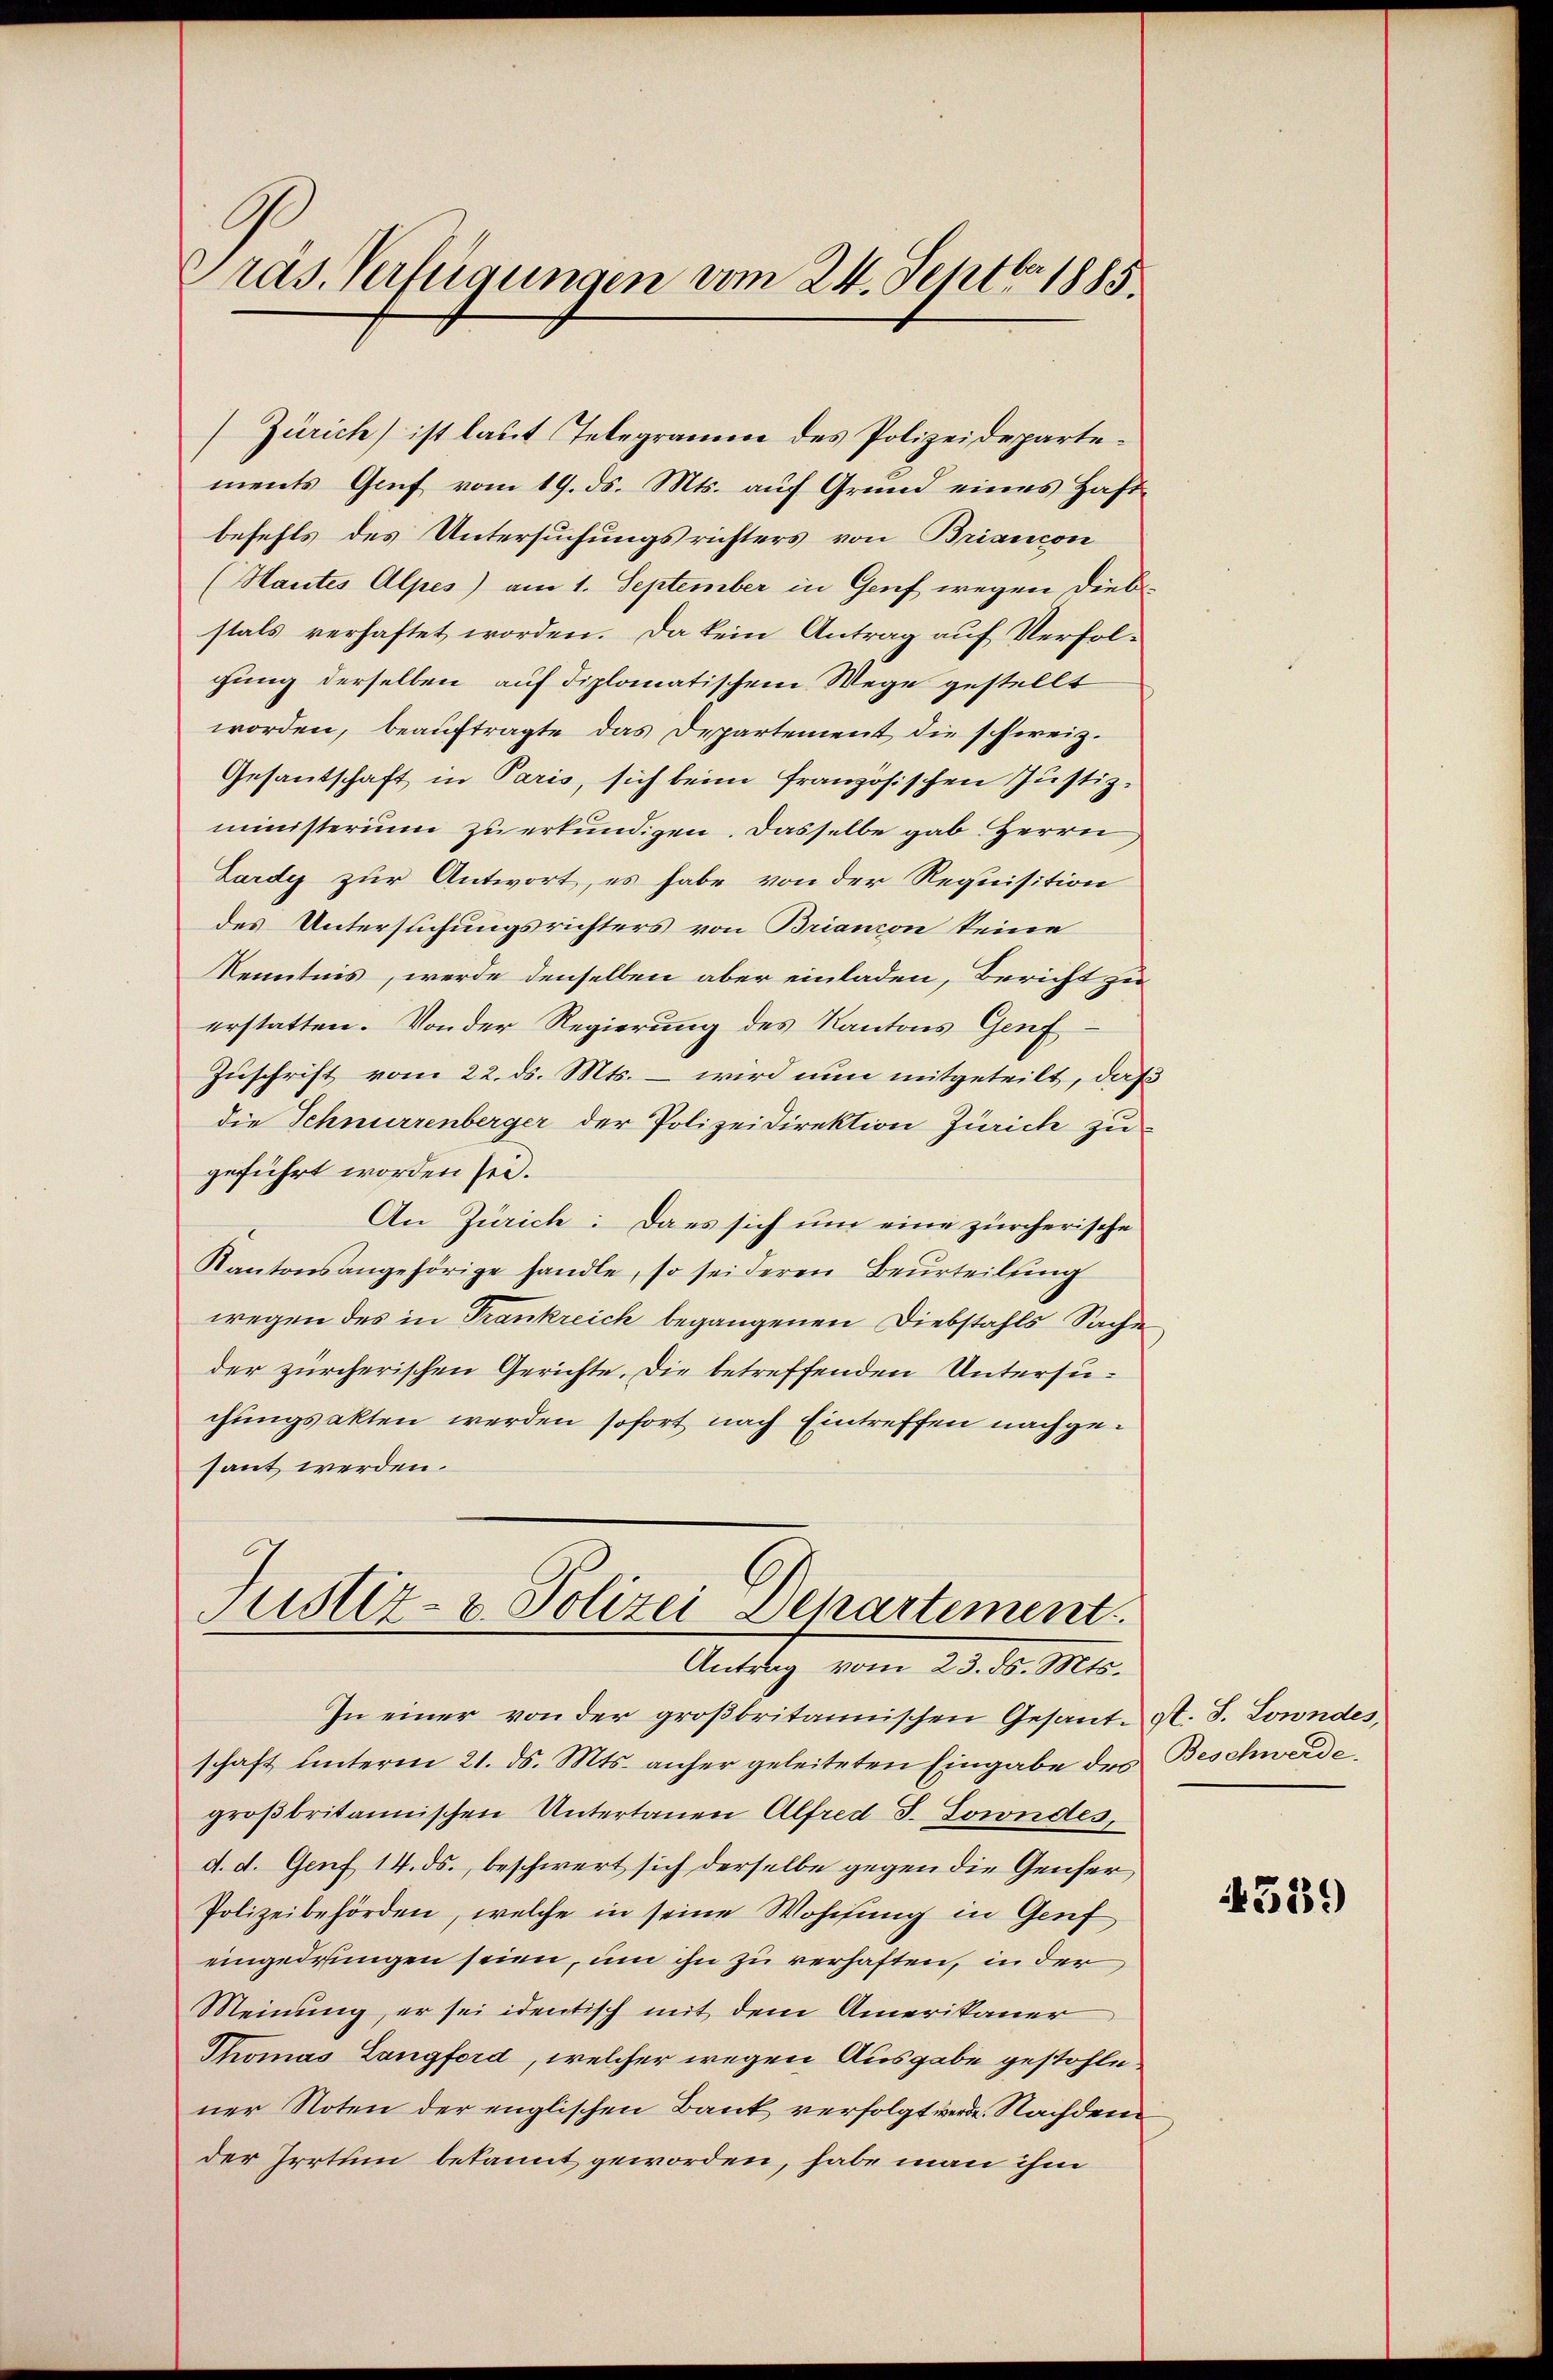
Präs. Verfügungen vom 24. Septbr. 1885

Zürich) ist laut Telegramm des Polizeidepartements Graf vom 19. ds. Mts. auf Grund eines Haft
befehls des Untersuchungsrichters von Briancon
(Hautes Alpes) am 1. September in Genf wegen diebstals verhaftet worden. Da kein Antrag auf Verfolgung derselben auf diplomatischem Wege gestellt
worden, beauftragte das Departement die schweiz.
Gesantschaft in Paris, sich beim französischen Justiz-
ministerium zu erkundigen. Dasselbe gab Herrn
Lardy zur Antwort, es habe von der Requisition
des Untersuchungsrichters von Briancon keine
Kenntnis, werde denselben aber einladen, Bericht zu
erstatten. Von der Regierung des Kantons Genf
Zuschrift vom 22. ds. Mts. – wird nun mitgeteilt, daß
die Schnurrenberger der Polizeidirektion Zürich zu
geführt worden sei.
An Zürich: Dans sich um eine zürcherische
Kantonsangehörige handle, so sei deren Beurteilung
wegen des in Trankreich begangenen Diebstahls Sache
der zürcherischen Gerichte. Die betreffenden Untersuchungsakten werden sofort nach Eintreffen nachgesant werden.

Justiz- u. Polizei Departement.
Antrag vom 23. ds. Mts.

In einer von der großbritannischen Gesant-A. J. Loundes,
schaft unterm 21. ds. Mts. anher geleiteten Eingabe des Beschwerde,
großbritannischen Untertanen Alfred J. Sowndes,
d. d. Genf 14. ds., beschwert sich derselbe gegen die Genfer
Polizeibehörden, welche in seine Wohnung in Genf
eingedrungen seien, um ihn zu verhaften, in der
Meinung, er sei identisch mit dem Amerikaner
Thomas Langford, welcher wegen Ausgabe gestohle
ner Noten der englischen Bank verfolgt werde. Nachdem
der Irrtum bekannt geworden, habe man ihm

4359